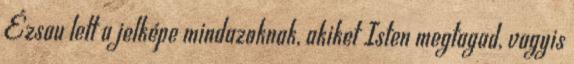
Ézsau lett a jelképe mindazoknak, akiket Isten megtagad, vagyis